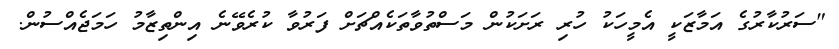
"ސަރުކާރުގެ އަމާޒަކީ އެމީހަކު ހުރި ރަށަކުން މަސްތުވާތަކެއްޗަށް ފަރުވާ ކުރެވޭނެ އިންތިޒާމު ހަމަޖެއްސުން.